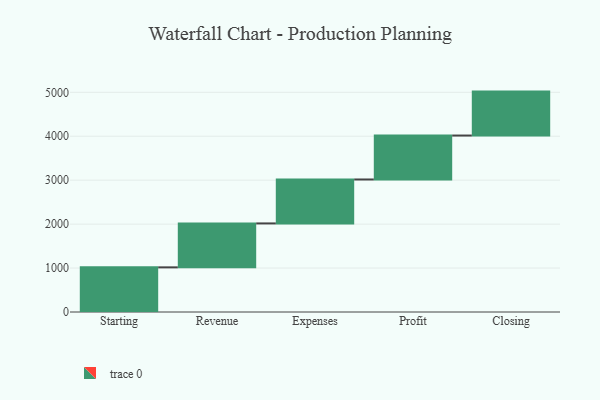
{"axis": {"x": "Step", "y": "Value"}, "legend": [""], "data": [{"x": "Starting", "y": 1016.0, "type": ""}, {"x": "Revenue", "y": 1000, "type": ""}, {"x": "Expenses", "y": 1000, "type": ""}, {"x": "Profit", "y": 1000, "type": ""}, {"x": "Closing", "y": 1000, "type": ""}]}